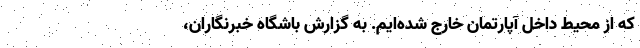
که از محیط داخل آپارتمان خارج شده‌ایم. به گزارش باشگاه خبرنگاران،